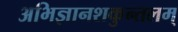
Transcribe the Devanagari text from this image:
अभिज्ञानशकुन्तलम्